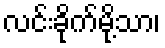
လင်းခိုက်မို့သာ၊